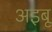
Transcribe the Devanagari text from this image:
अइबू